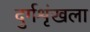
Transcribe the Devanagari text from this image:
दुर्गशृंखला